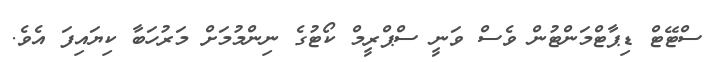
ސްޓޭޓް ޑިޕާޓްމަންޓުން ވެސް ވަނީ ސްޕްރީމް ކޯޓުގެ ނިންމުމަށް މަރުހަބާ ކިޔައިފަ އެވެ.